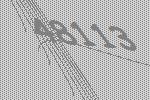
48113